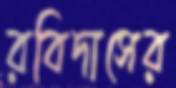
রবিদাসের